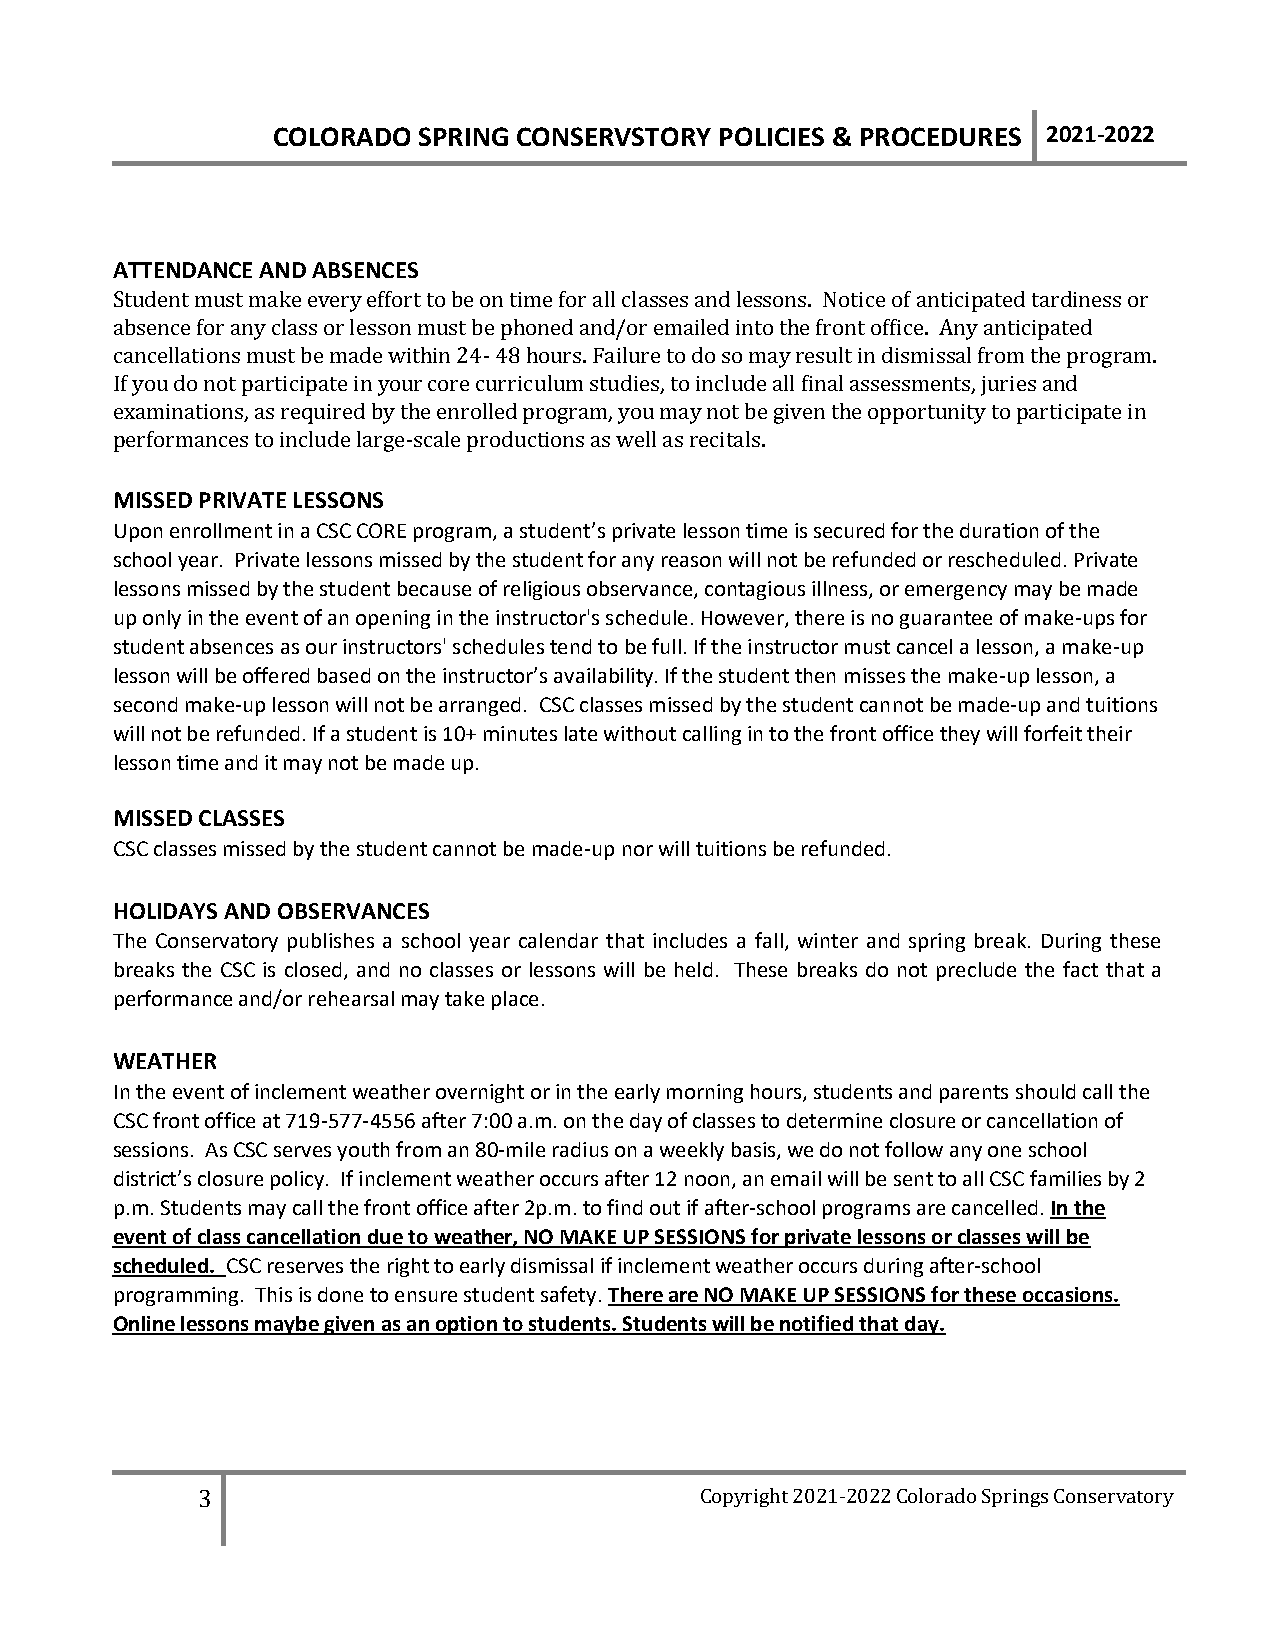
COLORADO  SPRING CONSERVSTORY POLICIES & PROCEDURES 2021-2022
 ATTENDANCE AND ABSENCES
 Student must make every effort to be on time for all classes and lessons. Notice of anticipated tardiness or
 absence for any class or lesson must be phoned and/or emailed into the front office. Any anticipated
 cancellations must be made within 24- 48 hours. Failure to do so may result in dismissal from the program.
 If you do not participate in your core curriculum studies, to include all final assessments, juries and
 examinations, as required by the enrolled program, you may not be given the opportunity to participate in
 performances to include large-scale productions as well as recitals.
 MISSED PRIVATE LESSONS
 Upon enrollment in a CSC CORE program, a student’s private lesson time is secured for the duration of the
 school year. Private lessons missed by the student for any reason will not be refunded or rescheduled. Private
 lessons missed by the student because of religious observance, contagious illness, or emergency may be made
 up only in the event of an opening in the instructor's schedule. However, there is no guarantee of make-ups for
 student absences as our instructors' schedules tend to be full. If the instructor must cancel a lesson, a make-up
 lesson will be offered based on the instructor’s availability. If the student then misses the make-up lesson, a
 second make-up lesson will not be arranged. CSC classes missed by the student cannot be made-up and tuitions
 will not be refunded. If a student is 10+ minutes late without calling in to the front office they will forfeit their
 lesson time and it may not be made up.
 MISSED CLASSES
 CSC classes missed by the student cannot be made-up nor will tuitions be refunded.
 HOLIDAYS AND OBSERVANCES
 The Conservatory publishes a school year calendar that includes a fall, winter and spring break. During these
 breaks the CSC is closed, and no classes or lessons will be held. These breaks do not preclude the fact that a
 performance and/or rehearsal may take place.
 WEATHER
 In the event of inclement weather overnight or in the early morning hours, students and parents should call the
 CSC front office at 719-577-4556 after 7:00 a.m. on the day of classes to determine closure or cancellation of
 sessions. As CSC serves youth from an 80-mile radius on a weekly basis, we do not follow any one school
 district’s closure policy. If inclement weather occurs after 12 noon, an email will be sent to all CSC families by 2
 p.m. Students may call the front office after 2p.m. to find out if after-school programs are cancelled. In the
 event of class cancellation due to weather, NO MAKE UP SESSIONS for private lessons or classes will be
 scheduled. CSC reserves the right to early dismissal if inclement weather occurs during after-school
 programming. This is done to ensure student safety. There are NO MAKE UP SESSIONS for these occasions.
 Online lessons maybe given as an option to students. Students will be notified that day.
 3                                Copyright 2021-2022 Colorado Springs Conservatory